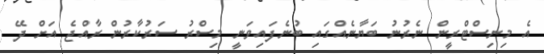
އެ މިނިސްޓްރީން ނެރުނު ބަޔާނެއްގައި ބުނެފައިވަނީ މިސްރު ސަރުކާރުން ރާއްޖެ އަށް ދޭ